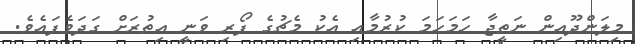
މިލަންދޫއިން ނަތީޖާ ހަމަހަމަ ކުރުމާއި އެކު މެޗުގެ ފޯރި ވަނީ އިތުރަށް ގަދަވެފައެވެ.